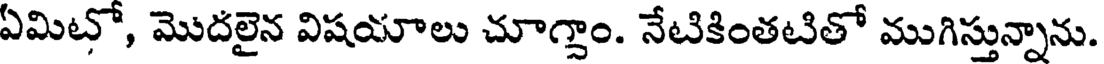
ఏమిటో, మొదలైన విషయాలు చూగ్దాం. నేటికింతటితో ముగిస్తున్నాను.